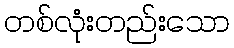
တစ်လုံးတည်းသော